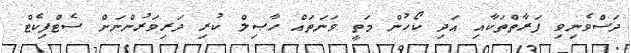
ދަސްވެނިވި ފަރާތްތަކާއި އަދި ކޯހުން މަތީ ވަނަތައް ހާޞިލް ކުރި ދަރިވަރުންނަށް ސެޓްފިކެޓް